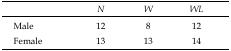
<table><thead><tr><td></td><td><b><i>N</i></b></td><td><b><i>W</i></b></td><td><b><i>WL</i></b></td></tr></thead><tbody><tr><td>Male</td><td>12</td><td>8</td><td>12</td></tr><tr><td>Female</td><td>13</td><td>13</td><td>14</td></tr></tbody></table>